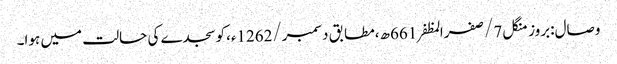
وصال:بروز منگل 7/صفرالمظفر661ھ،مطابق دسمبر/1262ء،کوسجدے کی حالت میں ہوا۔